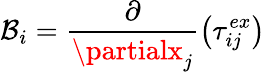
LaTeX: \mathcal{B}_{i}=\frac{{\partial}}{{\partialx_{j}}}\left(\tau_{ij}^{ex}\right)